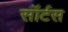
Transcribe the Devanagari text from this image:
सॉर्टस